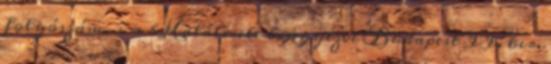
folyószám. ^ a b Halálesete bejegyezve Budapest II. ker.